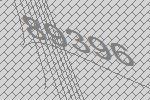
89396